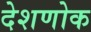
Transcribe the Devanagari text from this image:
देशणोक